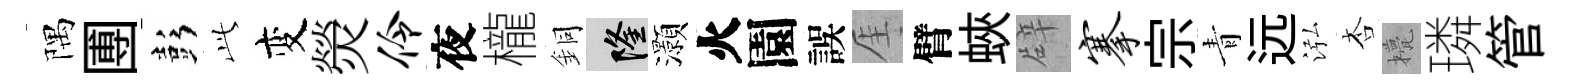
隅圑彭𬼘变熒伶夜櫳銅隆灝火園誤厓臂蛺辟搴宗青远泓杏甍璘管